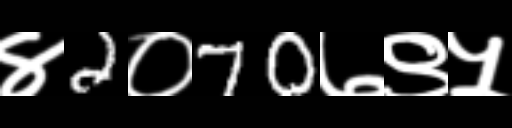
Text: ४2०70७९५